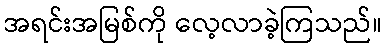
အရင်းအမြစ်ကို လေ့လာခဲ့ကြသည်။